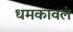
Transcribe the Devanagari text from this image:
धमकावलं